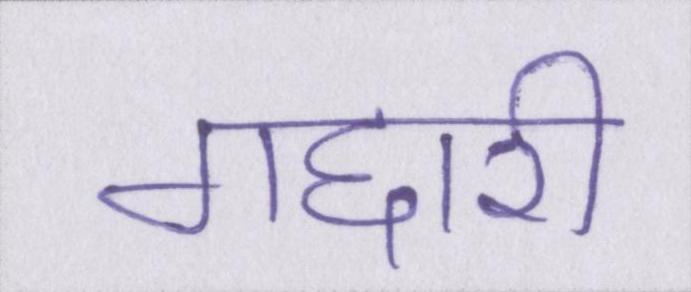
गद्दारी